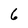
Character: 6